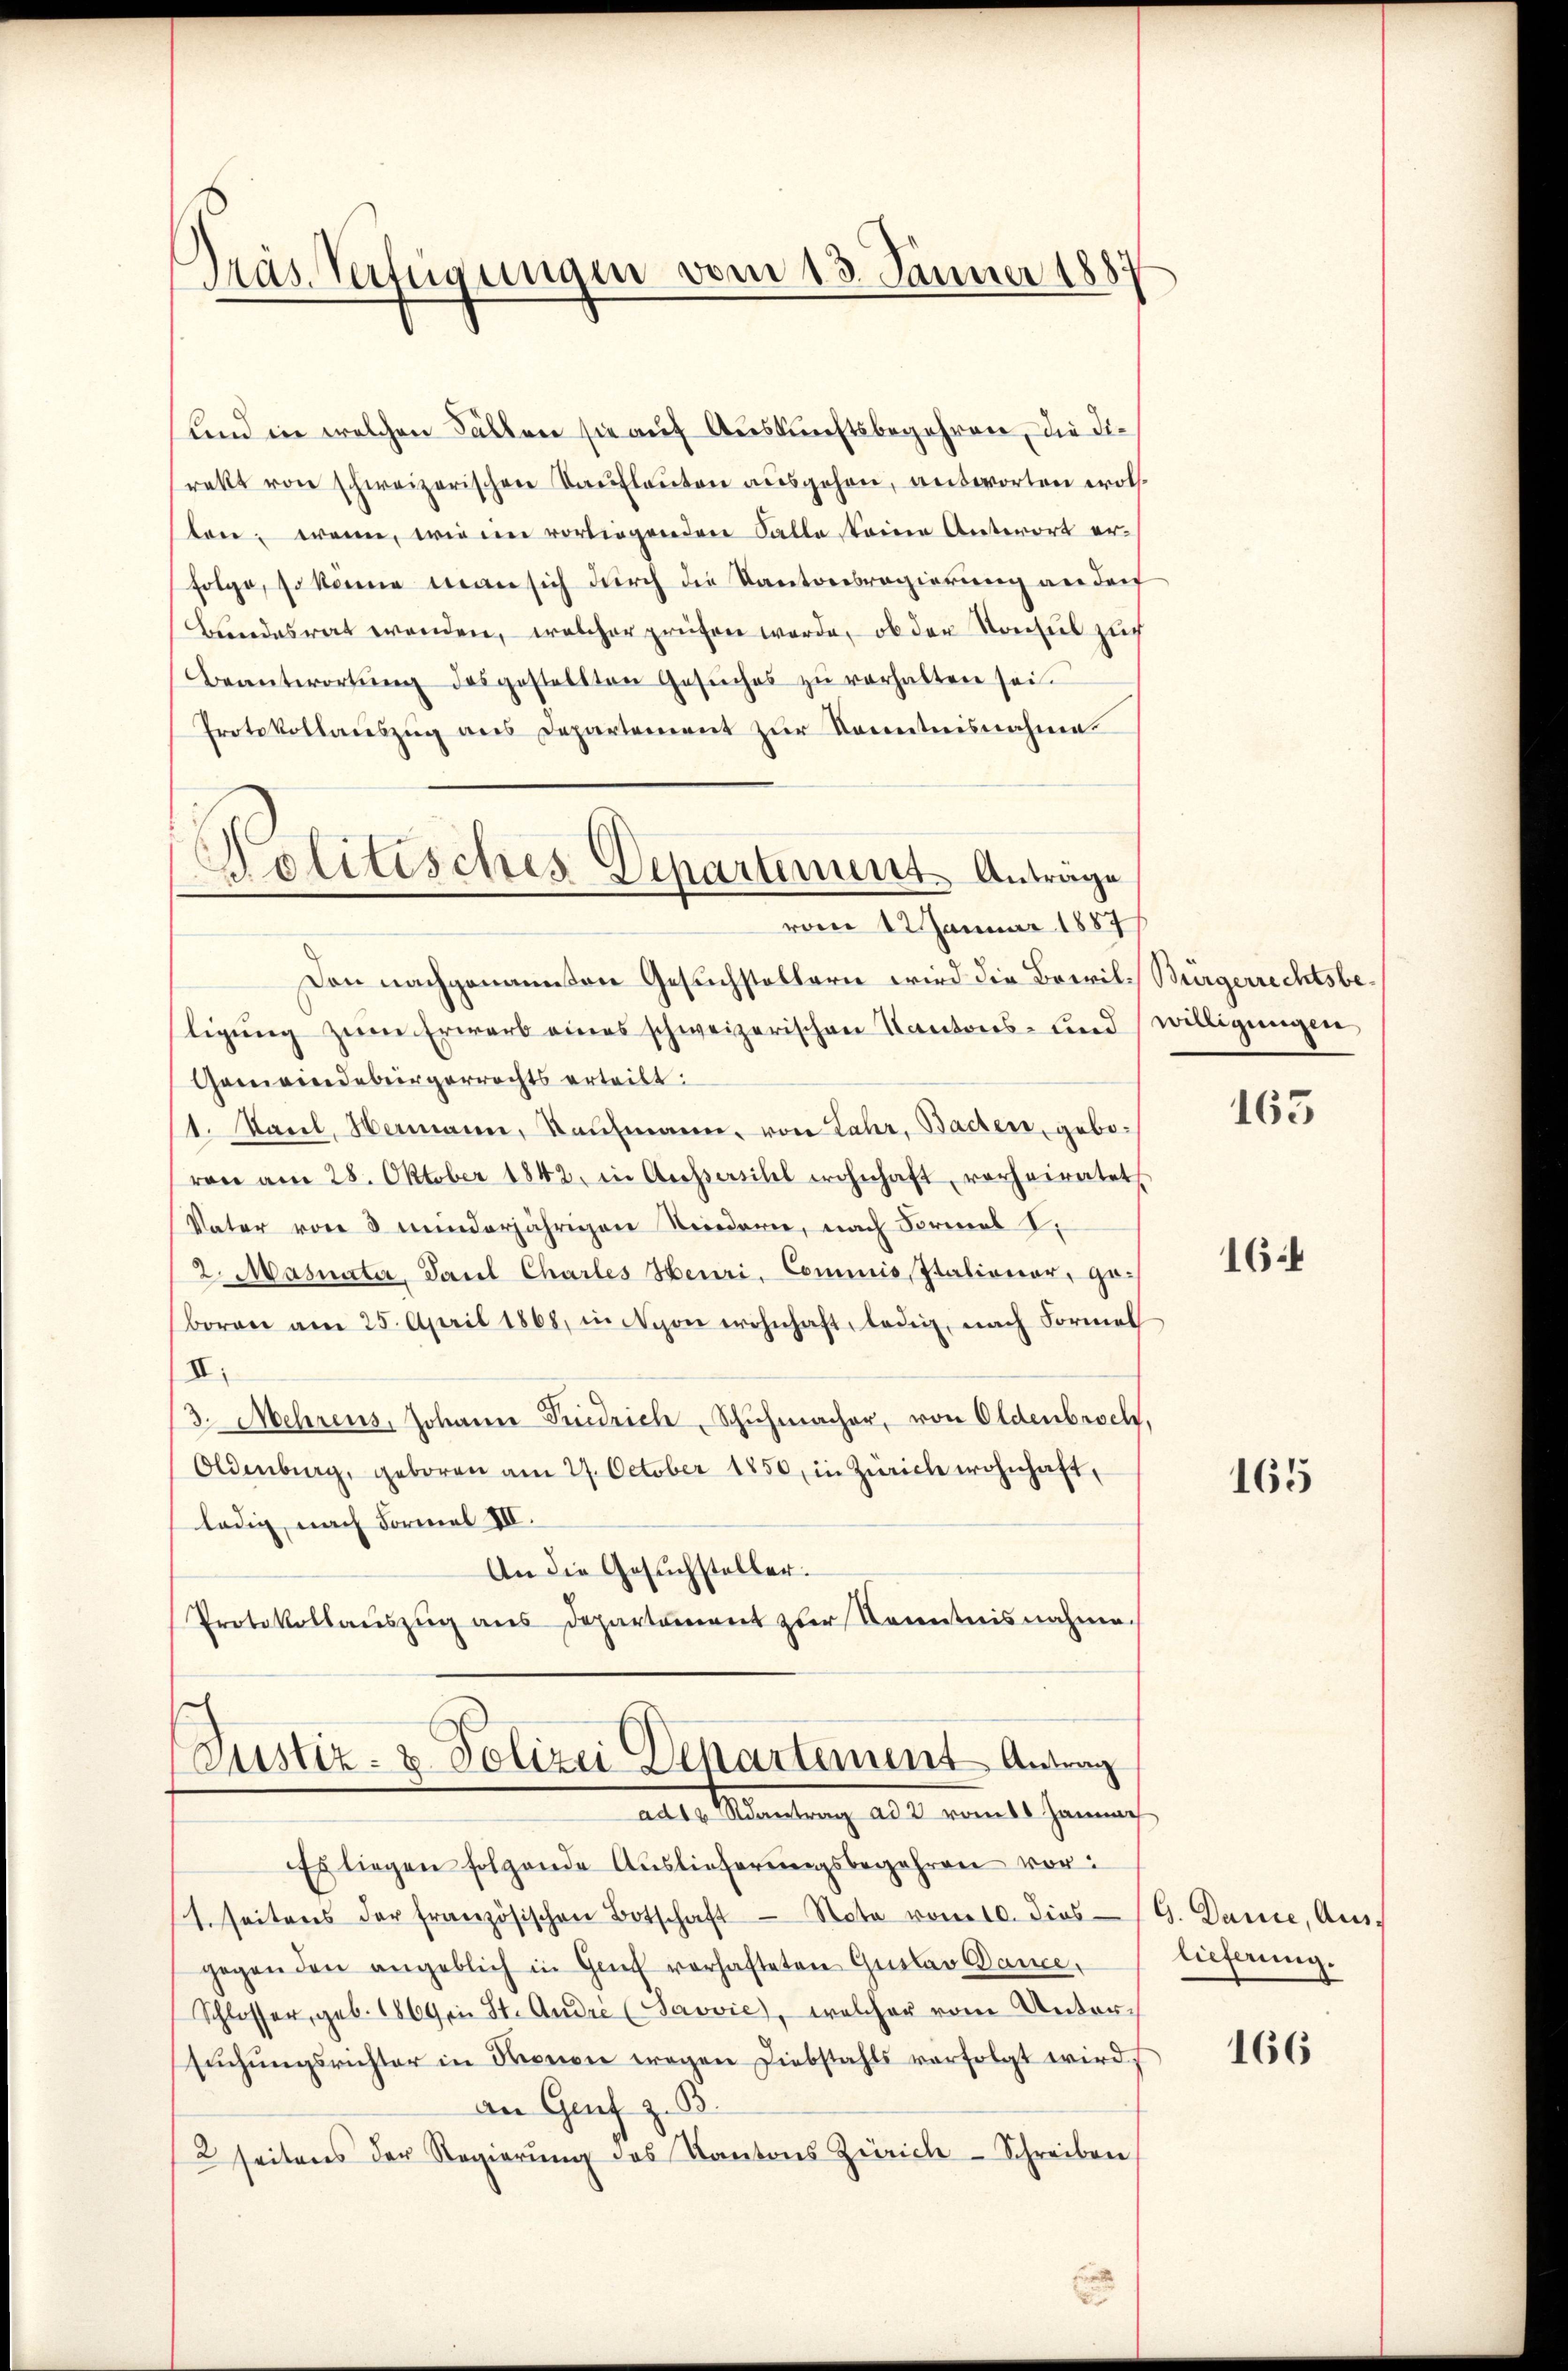
Präs. Verfügungen vom 13. Jänner 188

und in welchen Fällen sie auf Auskunftsbegehren, die Direkt von schweizerischen Kaufleuten ausgehen, antworten wollen; wenn, wie im vorliegenden Falle keine Unterort erfolge, so könne man sich durch die Kantonsregierung an der
Bundesrat werden, welcher prüfen werde, ob der Konsul zuch
Beantwortŭng des gestellten Gesŭches zŭ verhalten sei.
Protokollauszug aus Departement zur Kenntnisnahme.
Den nachgenannten Gesuchstellern wird die Bewil-Bürgerrechtsbeligung zum Erwarb eines schweizerischen Kantons- und willigungen,
Gemeindebürgerrechts erteilt:
1. Paul, Hermann, Kaufmann, von Jahr, Bachen, gebovon am 28. Oktober 1842, in Aussersihl wohnhaft, verheiratete
Vater von 3 minderjährigen Niedern, nach Formal
2. Masnater, Paul Charles Heuri, Commis Italionar, geboren am 25. April 1868, in Nyon wohnhaft ledig, nach Formel
II.
3. Mehrens, Johann Friedrich, Schŭhmacher, von Oldenbroch.
Oldenburg, geboren am 27. October 1850, in Zürich wohnhaft,
ledig, nach Formel III.
An die Gesŭchsteller.
Protokollauszug aus Departement zur Kenntnisnahme.
Justiz- & Polizei Departement Antrag
ad 10 antrag ad 2 vom Jamme
Es liegen folgende Auslieferungsbegehren vor:
1. Seitens der französischen Botschaft Note vom 10. dies 9. Danie, Aus-
gegenden angeblich in Genf vorhafteten Gustav Bance,
Schlosser, geb. 1869 in St. André (Saović, welcher vom Untersŭchŭngsrichter in Kronen wegen Liebstahls verfolgt wird,
an Genf z. B.
2 seitens der Regierŭng des Kantons Zürich-Schreiben

Politisches Departement Antrage
vom 12 Januar 1887

165

164

165

lieferung.

166